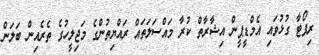
ރިޕޯޓާ ގުޅުވައި އެމްޑީޕީން އިޝާރާތް ކުރާ މައްސަލަތައް ރައްޔިތުންގެ މަޖިލީހުގެ ތެރެއިން ބަލަން